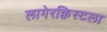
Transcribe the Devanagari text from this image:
लागेरक्विस्टला